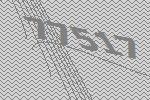
77517